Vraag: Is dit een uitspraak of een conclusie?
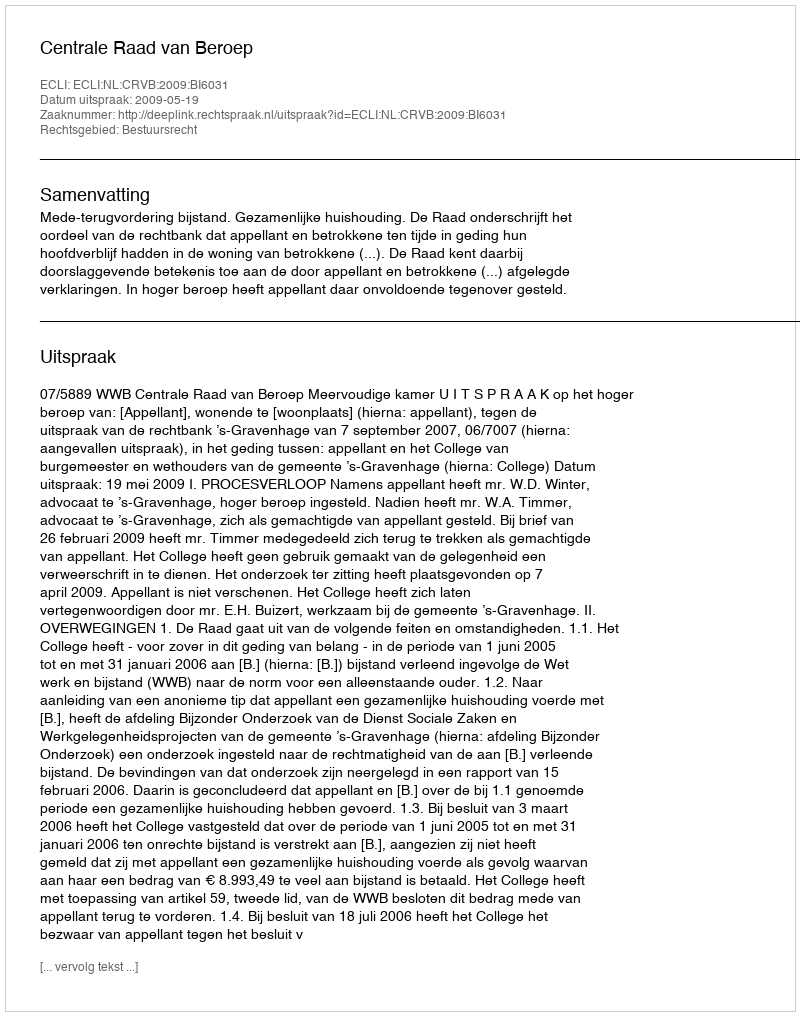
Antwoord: Uitspraak